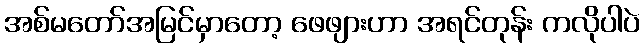
အစ်မတော်အမြင်မှာတော့ ဖေဖျားဟာ အရင်တုန်း ကလိုပါပဲ